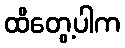
ထိတွေ့ပါက